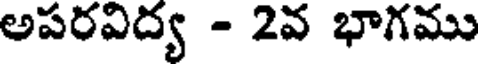
అపరవిద్య - 2వ భాగము